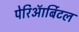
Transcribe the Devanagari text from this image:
पेरिऑर्बिटल